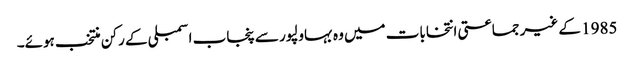
1985 کے غیر جماعتی انتخابات میں وہ بہاولپور سے پنجاب اسمبلی کے رکن منتخب ہوئے۔